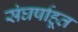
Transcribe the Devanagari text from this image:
संघर्षाहूत